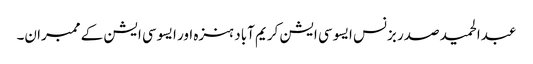
عبدالحمید صدر بزنس ایسوسی ایشن کریم آباد ہنزہ اور ایسوسی ایشن کے ممبران۔